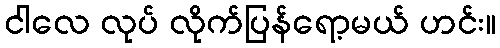
ငါလေ လုပ် လိုက်ပြန်ရော့မယ် ဟင်း။